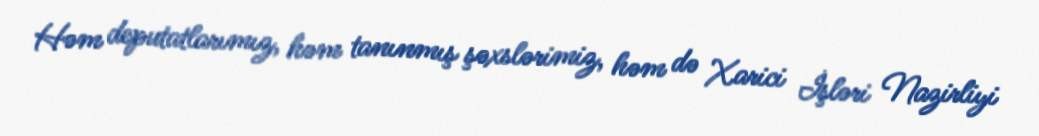
Həm deputatlarımız, həm tanınmış şəxslərimiz, həm də Xarici İşləri Nazirliyi